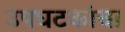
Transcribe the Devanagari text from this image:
उपघटकांचा